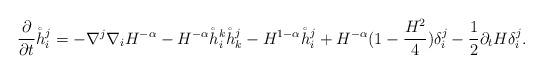
LaTeX: \begin{align*} \frac{\partial}{\partial t} \mathring{h}_i^j= -\nabla^j\nabla_iH^{-\alpha}-H^{-\alpha}\mathring{h}_i^k\mathring{h}_k^j-H^{1-\alpha}\mathring{h}_i^j+H^{-\alpha}(1-\frac {H^2}4)\delta_i^j-\frac 12\partial_tH\delta_i^j.\end{align*}